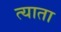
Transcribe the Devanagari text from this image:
त्याता